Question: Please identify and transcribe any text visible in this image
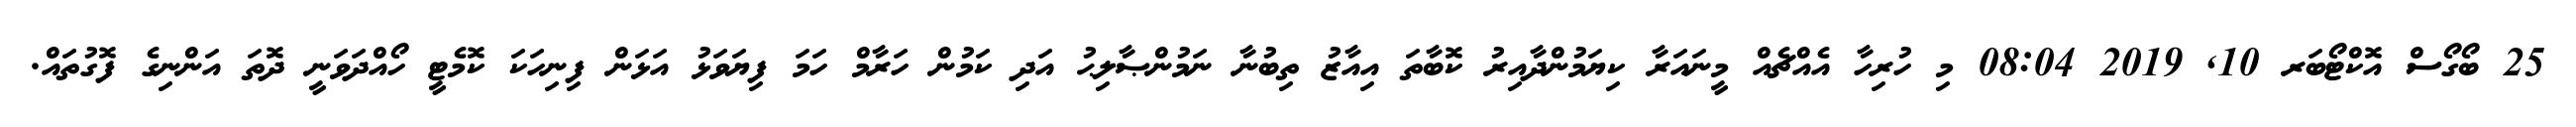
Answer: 25 ބޯގޯސް އޮކްޓޯބަރ 10, 2019 08:04 މި ހުރިހާ އެއްޗެއް މީނައަރާ ކިޔަމުންދާއިރު ކޮބާތަ އިއާޒު ތިބުނާ ނަމުންޞާލިޙު އަދި ކަމުން ހަރާމް ހަމަ ފިޔަވަޅު އަޅަން ފިނިހަކަ ކޮމެޓީ ހޯއްދަވަނީ ދޮތަ އަންނިގެ ފޮގުތައް.